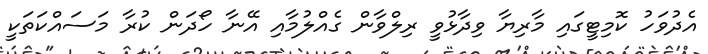
އެދުވަހު ކޮމިޓީގައި މާރިޔާ ވިދާޅުވީ ރިލްވާން ގެއްލުމާއި އޭނާ ހޯދަން ކުރާ މަސައްކަތަކީ